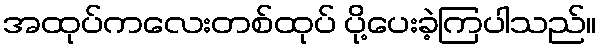
အထုပ်ကလေးတစ်ထုပ် ပို့ပေးခဲ့ကြပါသည်။